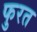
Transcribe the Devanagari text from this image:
फुरत